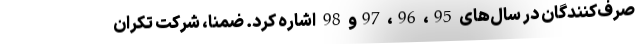
صرف‌کنندگان در سال‌های 95، 96، 97و 98 اشاره کرد. ضمنا، شرکت تکران